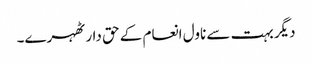
دیگر بہت سے ناول انعام کے حق دار ٹھہرے۔